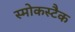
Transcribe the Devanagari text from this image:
स्मोकस्टैक